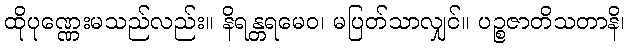
ထိုပုဏ္ဏေးမသည်လည်း။ နိရန္တရမေဝ၊ မပြတ်သာလျှင်။ ပဉ္စဇာတိသတာနိ၊